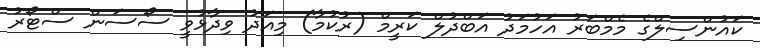
ކައުންސިލްގެ މެމްބަރު އަހުމަދު އަބްދުލް ކަރީމް (ރުކުމާ) މިއަދު ވިދާޅުވީ ސޯސަން ސްޓޯރު